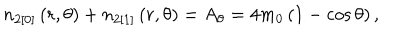
n _ { 2 [ 0 ] } \left( r , \theta \right) + n _ { 2 [ 1 ] } \left( r , \theta \right) = A _ { \theta } = 4 m _ { 0 } \left( 1 - \cos \theta \right) ,